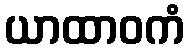
ယာထာဝကံ